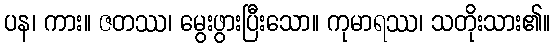
ပန၊ ကား။ ဇတဿ၊ မွေးဖွားပြီးသော။ ကုမာရဿ၊ သတိုးသား၏။